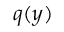
q ( y )